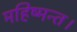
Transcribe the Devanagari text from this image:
महिष्मन्त।